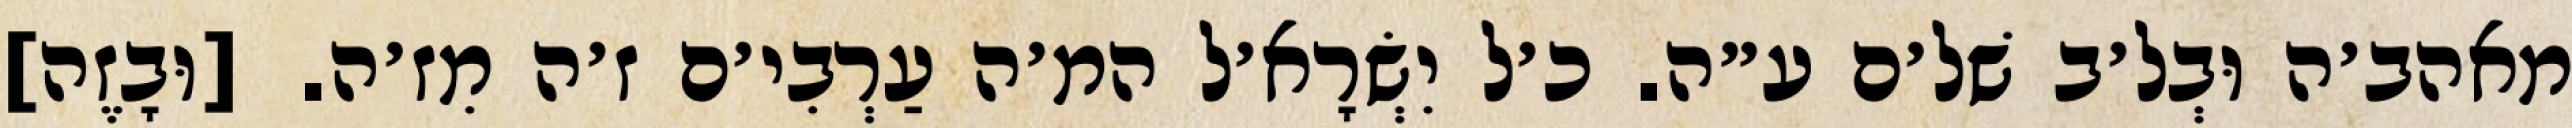
מאהב׳ה וּבְל׳ב שׁל׳ם ע״ה. כ׳ל יִשְׂרָא׳ל המ׳ה עַרְבִי׳ם ז׳ה מִז׳ה. [וּבָזֶה]